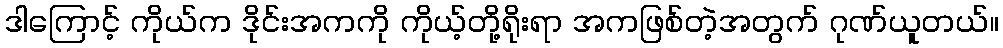
ဒါကြောင့် ကိုယ်က ဒိုင်းအကကို ကိုယ့်တို့ရိုးရာ အကဖြစ်တဲ့အတွက် ဂုဏ်ယူတယ်။